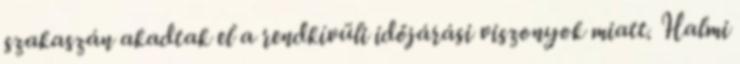
szakaszán akadtak el a rendkívüli időjárási viszonyok miatt. Halmi